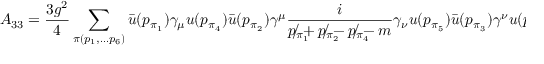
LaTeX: { \cal A } _ { 3 3 } = \frac { 3 g ^ { 2 } } { 4 } \sum _ { \pi ( p _ { 1 } , \ldots p _ { 6 } ) } \bar { u } ( p _ { \pi _ { 1 } } ) \gamma _ { \mu } u ( p _ { \pi _ { 4 } } ) \bar { u } ( p _ { \pi _ { 2 } } ) \gamma ^ { \mu } \frac { i } { p _ { \pi _ { 1 } } \! \! \! \! \! \! \! / + p _ { \pi _ { 2 } } \! \! \! \! \! \! \! / - p _ { \pi _ { 4 } } \! \! \! \! \! \! \! / - m } \gamma _ { \nu } u ( p _ { \pi _ { 5 } } ) \bar { u } ( p _ { \pi _ { 3 } } ) \gamma ^ { \nu } u ( p _ { \pi _ { 6 } } )